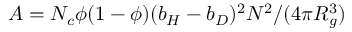
A = N _ { c } \phi ( 1 - \phi ) ( b _ { H } - b _ { D } ) ^ { 2 } N ^ { 2 } / ( 4 \pi R _ { g } ^ { 3 } ) ~